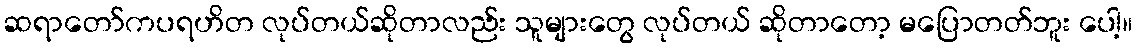
ဆရာတော်ကပရဟိတ လုပ်တယ်ဆိုတာလည်း သူများတွေ လုပ်တယ် ဆိုတာတော့ မပြောတတ်ဘူး ပေါ့။